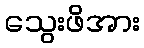
သွေးဖိအား